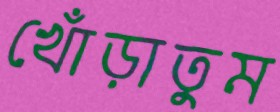
খোঁড়াতুম